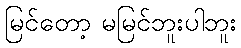
မြင်တော့ မမြင်ဘူးပါဘူး